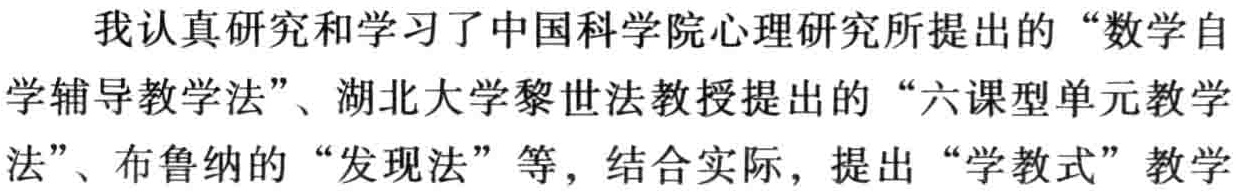
我认真研究和学习了中国科学院心理研究所提出的“数学自学辅导教学法”、湖北大学黎世法教授提出的“六课型单元教学法”、布鲁纳的“发现法”等，结合实际，提出“学教式”教学